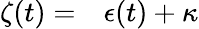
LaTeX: \begin{array}{rl}{\zeta(t)=}&{{}\epsilon(t)+\kappa}\end{array}